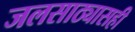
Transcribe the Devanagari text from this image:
जलसाठ्यासही